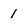
Character: 1